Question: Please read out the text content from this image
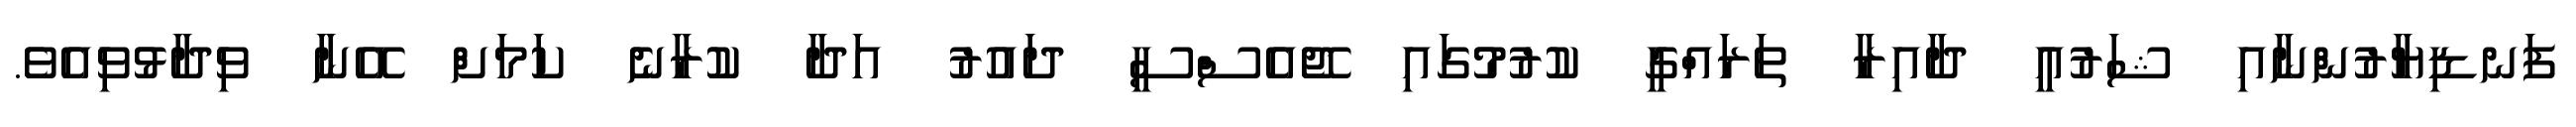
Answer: ފަނޑިޔާރުންނާއި ޝަރުއީ ދާއިރާ ތަރައްގީ ކުރުމުގައި ޖޭއެސްސީ ދައުރު އަދާ ކުރާނެ ކަމަށް އޭނާ ވިދާޅުވިއެވެ.